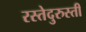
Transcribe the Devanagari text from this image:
रस्तेदुरुस्ती